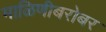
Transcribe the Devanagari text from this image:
माळिणीबरोबर